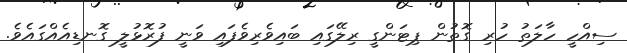
ސިއްހީ ހާލަތު ހުރި ގޮތުން ޕިޓަންގީ ރިލޭގައި ބައިވެރިވެފައި ވަނީ ފުރޮޅުލީ ގޮނޑިއެއްގައެވެ.